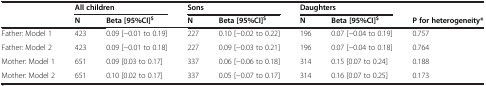
<table><thead><tr><td><b> </b></td><td colspan="2"><b>All children</b></td><td colspan="2"><b>Sons</b></td><td colspan="2"><b>Daughters</b></td><td><b> </b></td></tr><tr><td><b> </b></td><td><b>N</b></td><td><b>Beta [95%CI]<sup>$</sup></b></td><td><b>N</b></td><td><b>Beta [95%CI]<sup>$</sup></b></td><td><b>N</b></td><td><b>Beta [95%CI]<sup>$</sup></b></td><td><b>P for heterogeneity*</b></td></tr></thead><tbody><tr><td>Father: Model 1</td><td>423</td><td>0.09 [−0.01 to 0.19]</td><td>227</td><td>0.10 [−0.02 to 0.22]</td><td>196</td><td>0.07 [−0.04 to 0.19]</td><td>0.757</td></tr><tr><td>Father: Model 2</td><td>423</td><td>0.09 [−0.01 to 0.18]</td><td>227</td><td>0.09 [−0.03 to 0.21]</td><td>196</td><td>0.07 [−0.04 to 0.18]</td><td>0.764</td></tr><tr><td>Mother: Model 1</td><td>651</td><td>0.09 [0.03 to 0.17]</td><td>337</td><td>0.06 [−0.06 to 0.18]</td><td>314</td><td>0.15 [0.07 to 0.24]</td><td>0.188</td></tr><tr><td>Mother: Model 2</td><td>651</td><td>0.10 [0.02 to 0.17]</td><td>337</td><td>0.05 [−0.07 to 0.17]</td><td>314</td><td>0.16 [0.07 to 0.25]</td><td>0.173</td></tr></tbody></table>